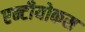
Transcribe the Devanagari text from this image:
एन्टीयोकस